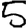
Digit: 5